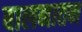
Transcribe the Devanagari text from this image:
बालनातन